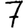
Digit: 7